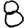
Digit: 8